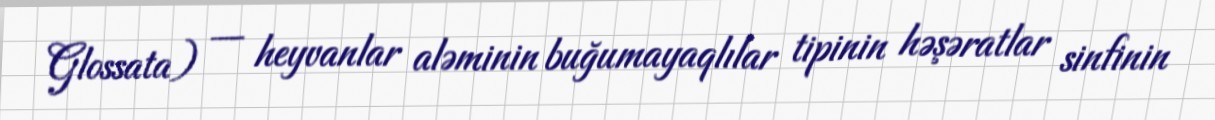
Glossata) — heyvanlar aləminin buğumayaqlılar tipinin həşəratlar sinfinin